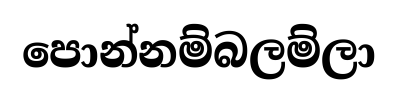
පොන්නම්බලම්ලා